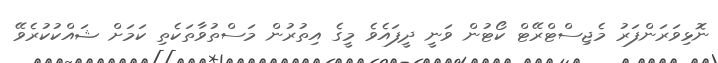
ނޮޅިވަރަންފަރު މެޖިސްޓްރޭޓް ކޯޓުން ވަނީ ދީފައެވެ މީގެ އިތުރުން މަސްތުވާތަކެތި ކަމަށް ޝައްކުކުރެވޭ